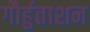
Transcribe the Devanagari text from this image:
गौर्हुताशन